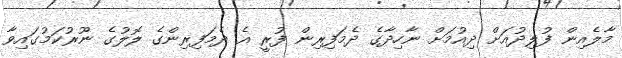
މާލެއިން ފުލިދުއަށް ދިއުމަށް ނާހިދާގެ ދެމަފިރިން ފުރީ އެ ދެމަފިރިންގެ ލޮލުގެ ނޫރުކަމުގައިވާ